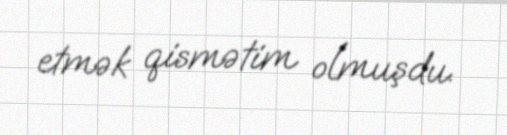
etmək qismətim olmuşdu.